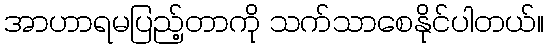
အာဟာရမပြည့်တာကို သက်သာစေနိုင်ပါတယ်။